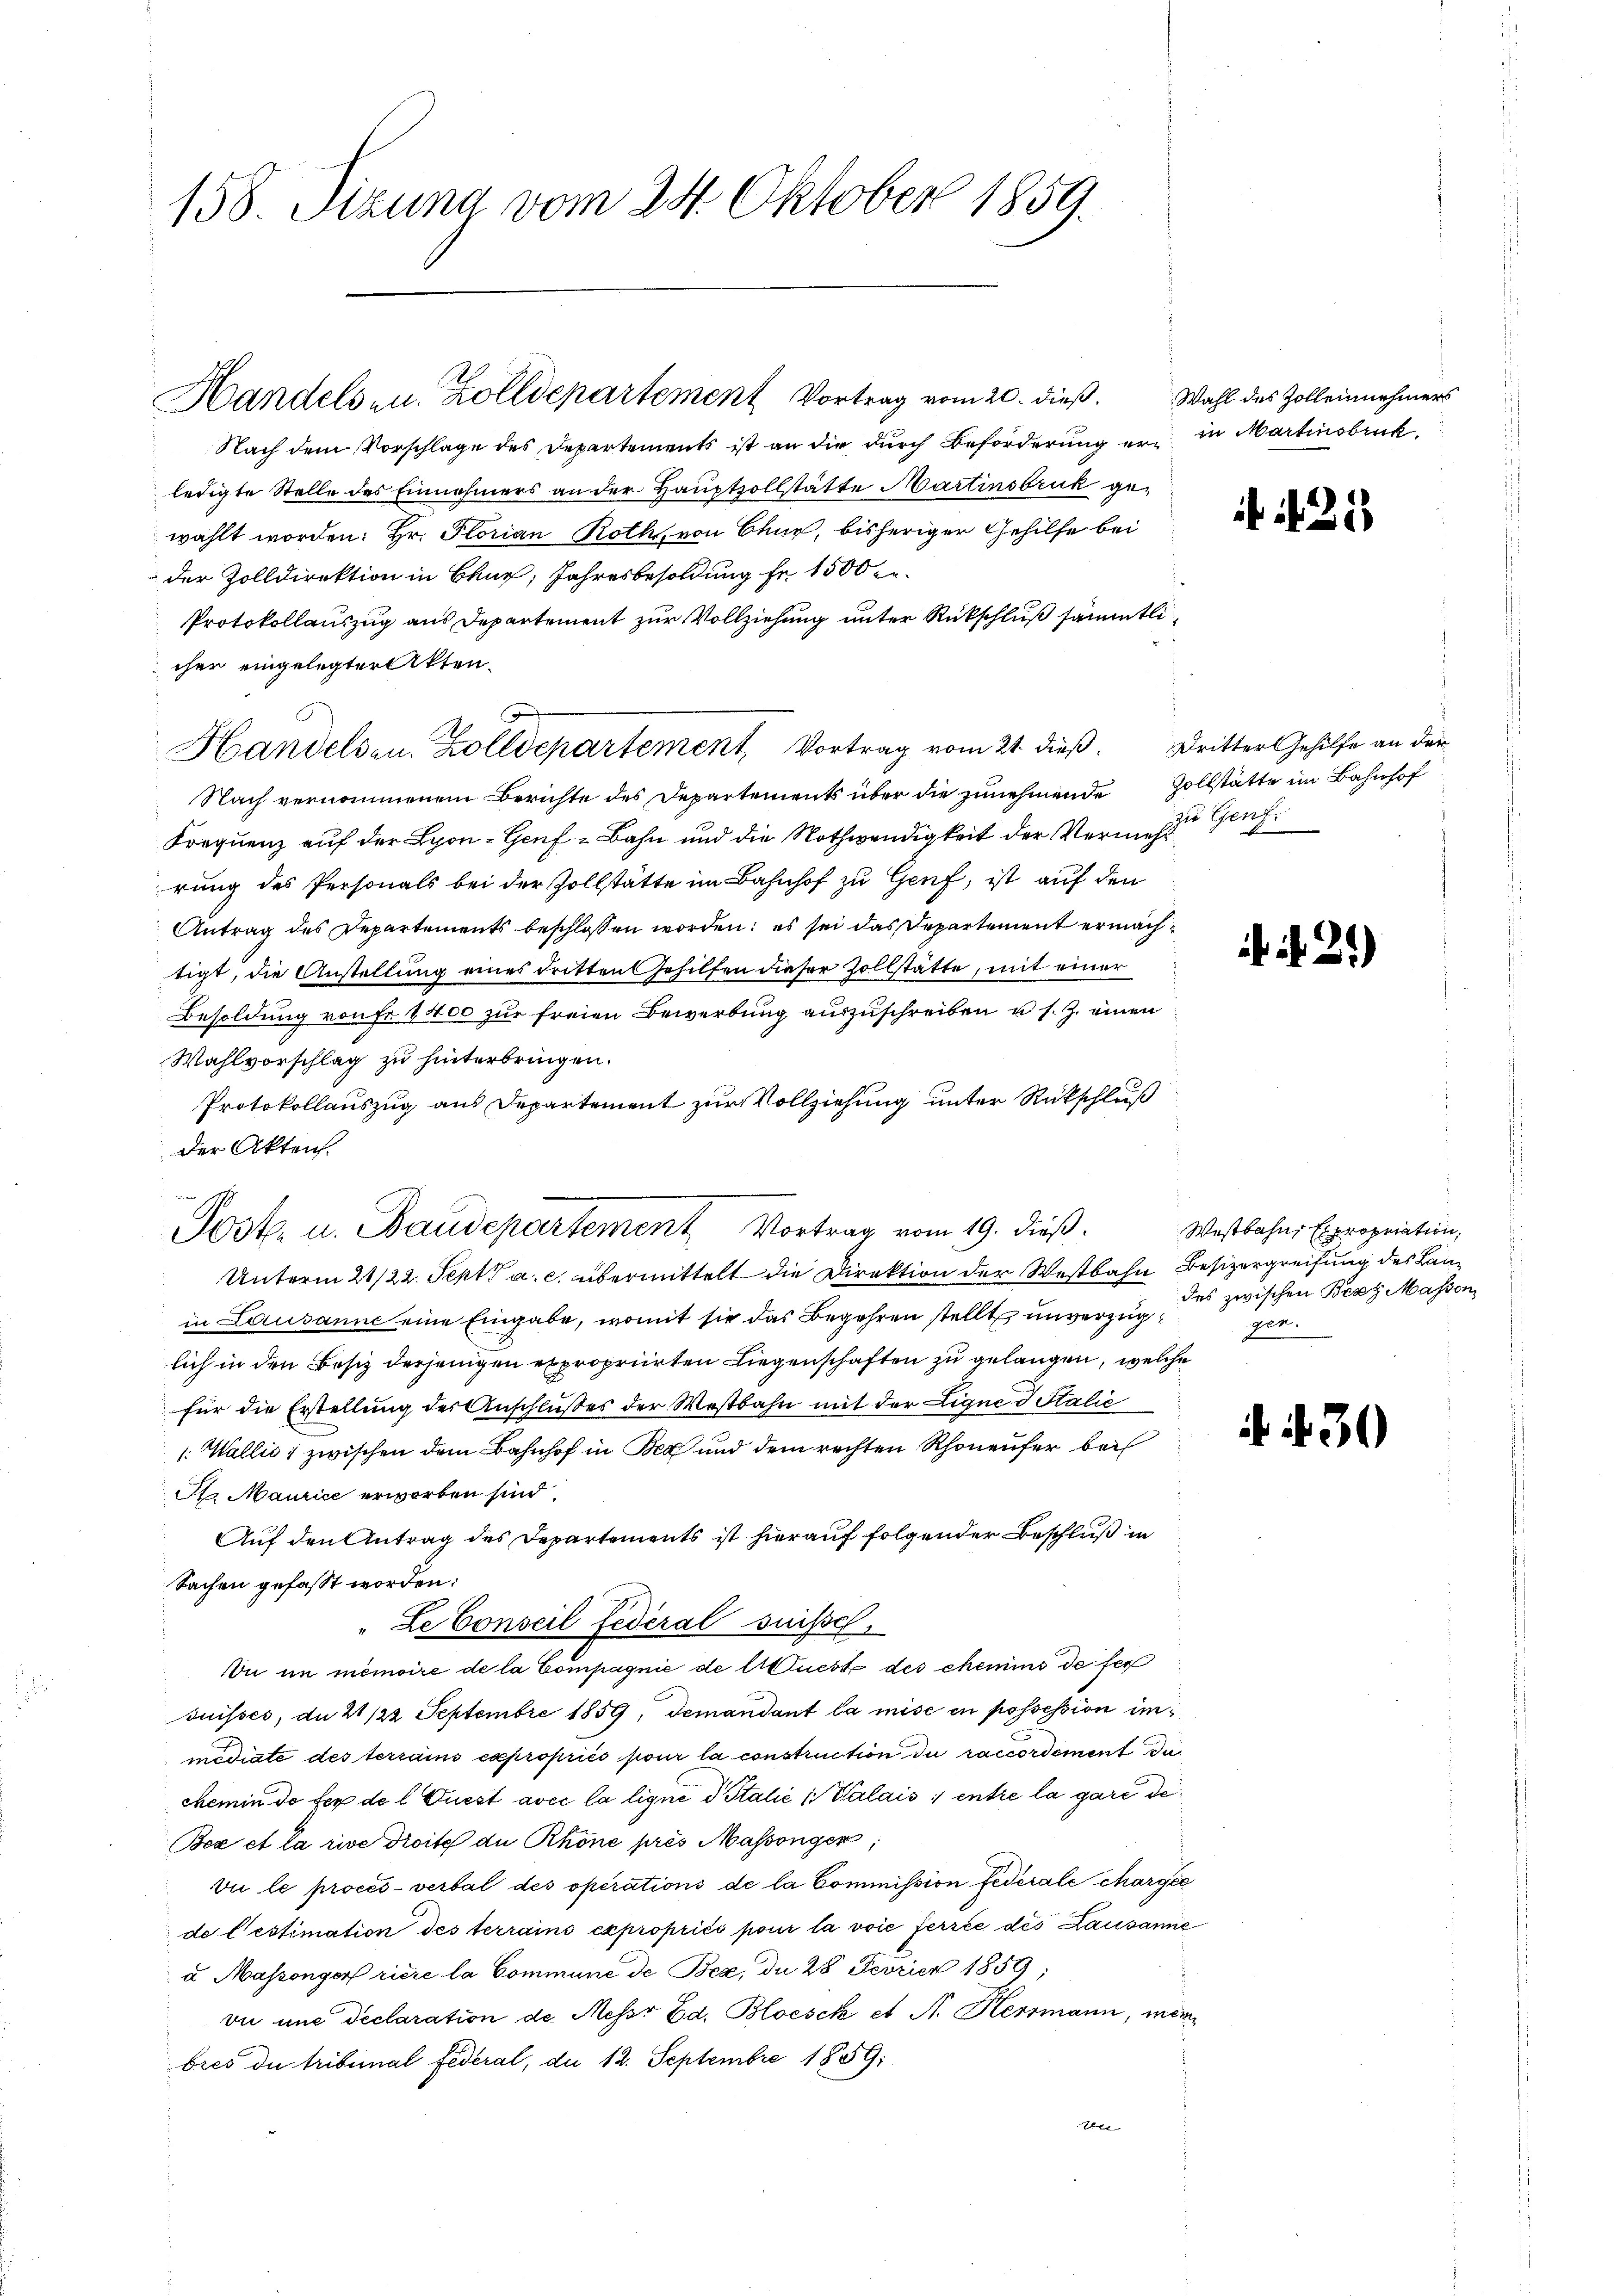
158. Szuna vom 24. Oktober 1859.

Handelsen. Zolldepartement Vortrag vom 20. dieß. Wahl des Zolleinehmers

Nach dem Vorschlage des Departements ist an die durch Beförderung er in Martinsbruck
ledigte Stelle des Einnehmers an der Hauptzollstätte Martinsbruk gewählt worden: Hr. Florian Roth, von Chur, bisheriger Gehilfe bei
der Zolldirektion in Chur, Jahresbesoldung fr. 1500 er
Protokollauszug aus Departement zur Vollziehung unter Rückschluß sämmtli
cher eingelegter Akten¬
Handels u. Zolldepartement Vortrag vom 21. dieß. Dritter Gehilfe an der
Nach vernommenem Berichte des Departements über die zunehmende Zollstätte im Bahnhof
Frequenz auf der Lyon - Genf -Bahn und die Nothwendigkeit der Vermehrung des Personals bei der Zollstätte im Bahnhof zu Genf, ist auf den
Antrag des Departements beschlossen worden; es sei das Departement ermächtigt, die Anstellung eines dritten Gehilfen dieser Zollstätte, mit einer
Besoldung von fr 4400 zur freien Bewerbung auszuschreiben u. s. Z. einen
Wahlvorschlag zu hinterbringen.
Protokollauszug aus Departement zur Vollziehung unter Rückschluß
der Akten.
Unterm 21/22. Sept. a. c. übermittelt die Direktion der Westbahn Besizergreifung des Lan
in Lausanne eine Eingabe, womit sie das Begehren stellt unverzüglich in den Besiz derjenigen expropriirten Liegenschaften zu gelangen, welche
für die Erstellung der Anschlußes der Westbahn mit der Eigne ditalie
(Wallić, zwischen dem Bahnhof in Bex und dem rechten Rhoneufer bei
St. Maurice erworben sind.
Auf den Antrag des Departements ist hierauf folgender Beschluß in
Sachen gefasst worden:
"Le Conseil Federal suisse,
Du in memoire de la Compagnie de Muest des chemins de fer
suisses, da 21/22 Septembre 1859, demandant la mise in possession immediate des terrains copropriés pour la construction du raccordament da
chemin de fer de l. Quest avec la ligne d Italić (Walais, entre la gare de
Bea et la rive droite de Rhöne pres Massenger;
vii le procès-verbal des operations de la Commission federale chargée
de l’estimation des terrains expropriés pour la voie ferrée des Lausanne
u Massongorf riere la Commune de Bez, du 28 Fevrier 1859;
vie une declaration de Messr Ed. Bloesck et A. Herrmann, mei
bres du tribunal Federal, du 12. Septembre 1859:
ben

Jost u. Baudepartement Vortrag vom 19. dieß.

125

zu Genf.

. N. 25)

Westbahne Expropriation,
des zwischen Berg Massen
ger.

i d. 30